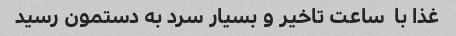
غذا با  ساعت تاخیر و بسیار سرد به دستمون رسید